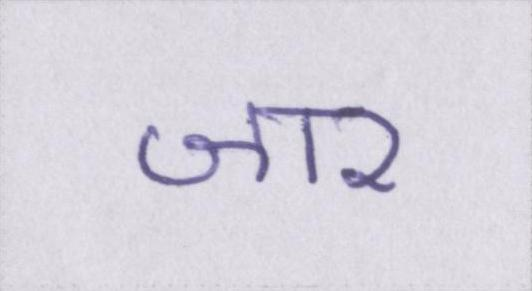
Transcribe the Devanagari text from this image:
जार